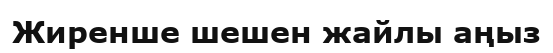
Жиренше шешен жайлы аңыз